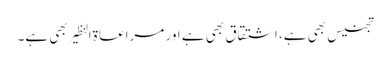
تجنیس بھی ہے، اشتقاق بھی ہے اور مراعاۃ النظیر بھی ہے۔